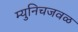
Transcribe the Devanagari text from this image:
म्युनिचजवळ